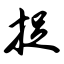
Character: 捉